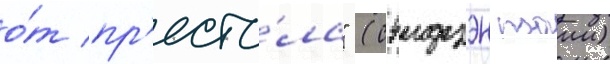
о́т пр'есто́ла" (сэидзэн таии)